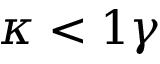
\kappa < 1 \gamma